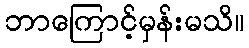
ဘာကြောင့်မှန်းမသိ။